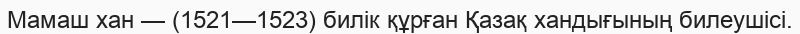
Мамаш хан — (1521—1523) билік құрған Қазақ хандығының билеушісі.